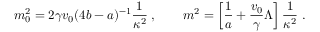
m _ { 0 } ^ { 2 } = 2 \gamma v _ { 0 } ( 4 b - a ) ^ { - 1 } \frac { 1 } { \kappa ^ { 2 } } \; , \qquad m ^ { 2 } = \left[ \frac { 1 } { a } + \frac { v _ { 0 } } { \gamma } \Lambda \right] \frac { 1 } { \kappa ^ { 2 } } \; .